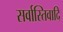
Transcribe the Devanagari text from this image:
सर्वास्तिवादि